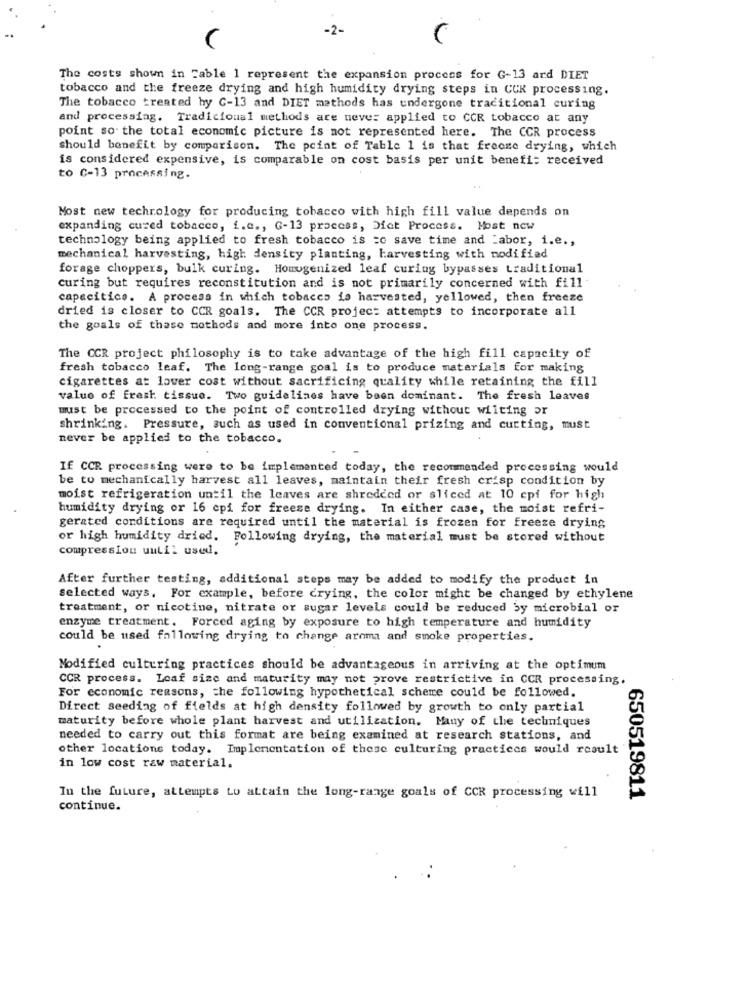
The costs shown in Cable 1 represent the expansion process for G-13 ard DIET
tobacco and the freeze drying and high humidity drying steps in CCK processing.
The tobacco treated hy C-13 and DIET methods has undergone traditional curing
and processing. Tradicional methods are never applied to CCR tobacco at any
point so the total economic picture is not represented here. The CCR process
should benefit by comparison. The point of Table 1 is that freoze drying, which
is considered expensive, is comparable on cost basis per unit benefi: received
to C-13 processing.
Most new technology for producing tobacco with high fill value depends on
expanding cured tobacco, i.c ., G-13 process, Dict Process. Most new
technology being applied to fresh tobacco is =c save time and abor, i.e .,
mechanical harvesting, high density planting, harvesting with modified
forage choppers, bulk curing. Homogenized leaf curing bypasses traditional
curing but requires reconstitution and is not primarily concerned with fill
capacitico. A process in which tobacco is harvested, yellowed, then freeze
dried is closer to CCR goals. The CCR project attempts to incorporate all
the goals of these methods and more into one process.
The CCR project philosophy is to take advantage of the high fill capacity of
fresh tobacco leaf. The long-range goal is to produce materials for making
cigarettes at lower cost without sacrificing quality while retaining the fill
value of fresh tissue. Two guidelines have been dominant. The fresh leaves
must be processed to the point of controlled drying without wilting or
shrinking. Pressure, such as used in conventional prizing and cutting, must
never be applied to the tobacco.
If CCR processing were to be implemented today, the recommended processing would
be to mechanically harvest all leaves, maintain their fresh crisp condition by
moist refrigeration until the leaves are shredded or sliced at 10 cpi for high
humidity drying or 16 cpi for freese drying. In either case, the moist refri-
gerated conditions are required until the material is frozen for freeze drying
or high humidity dried. Following drying, the material must be stored without
compression until used.
After further testing, additional steps may be added to modify the product in
selected ways. For example, before crying, the color might be changed by ethylene
treatment, or nicotine, nitrate or sugar levels could be reduced by microbial or
enzyme treatment. Forced aging by exposure to high temperature and humidity
could be used following drying to change aroma and smoke properties.
Modified culturing practices should be advantageous in arriving at the optimum
CCR process. Loaf size and maturity may not prove restrictive in CCR processing
For economic reasons, the following hypothetical scheme could be followed.
Direct seeding of fields at high density followed by growth to only partial
maturity before whole plant harvest and utilization. Many of the techniques
needed to carry out this format are being examined at research stations, and
other locations today. Implementation of these culturing practices would result
in low cost raw material.
In the future, attempts to attain the long-range goals of CCR processing will
650519811
continue.